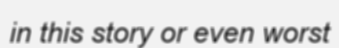
in this story or even worst